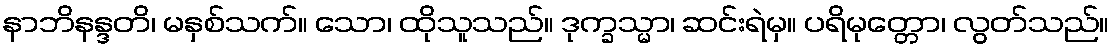
နာဘိနန္ဒတိ၊ မနှစ်သက်။ သော၊ ထိုသူသည်။ ဒုက္ခသ္မာ၊ ဆင်းရဲမှ။ ပရိမုတ္တော၊ လွတ်သည်။